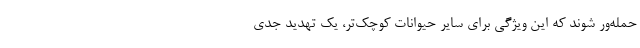
حمله‌ور شوند که این ویژگی برای سایر حیوانات کوچک‌تر، یک تهدید جدی